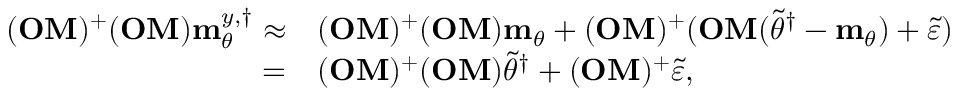
\begin{array} { r l } { ( \mathbf { O M } ) ^ { + } ( \mathbf { O M } ) \mathbf { m } _ { \theta } ^ { y , \dagger } \approx } & { ( \mathbf { O M } ) ^ { + } ( \mathbf { O M } ) \mathbf { m } _ { \theta } + ( \mathbf { O M } ) ^ { + } ( \mathbf { O M } ( \widetilde { \theta } ^ { \dagger } - \mathbf { m } _ { \theta } ) + \widetilde { \varepsilon } ) } \\ { = } & { ( \mathbf { O M } ) ^ { + } ( \mathbf { O M } ) \widetilde { \theta } ^ { \dagger } + ( \mathbf { O M } ) ^ { + } \widetilde { \varepsilon } , } \end{array}